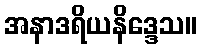
အနာဒရိယနိဒ္ဒေသ။